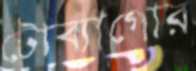
টোব্যাগোর